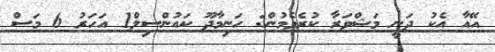
އޭއާ އެކު ދަނީ މަޝްވަރާ ކުރެވެމުން: ހަނިމާދޫ ކައުންސިލް1 އަހަރު 6 މަސް